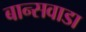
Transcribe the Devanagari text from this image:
बान्सवाडा